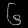
Digit: ၆